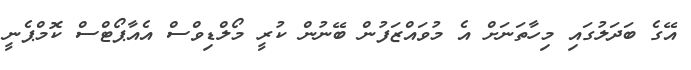
އޭގެ ބަދަލުގައި މިހާތަނަށް އެ މުވައްޒަފުން ބޭނުން ކުރީ މޯލްޑިވްސް އެއާޕޯޓްސް ކޮމްޕެނީ